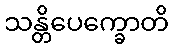
သန္တိပေက္ခောတိ